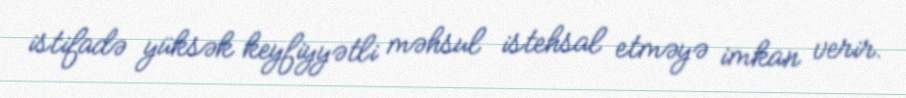
istifadə yüksək keyfiyyətli məhsul istehsal etməyə imkan verir.